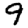
Digit: 9